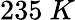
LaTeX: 235\ K